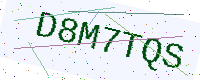
Text: D8M7TQS